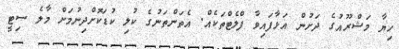
ހިޔާ މަޝްރޫއުގެ ދަށުން އަޅާފައިވާ ފްލެޓްތަކެއް. އެތަންތަނުގެ ކުލި ކުޑަކޮށްދިނުމަށް މާލެ ސިޓީ